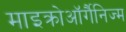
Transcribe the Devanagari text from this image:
माइक्रोऑर्गैनिज्म